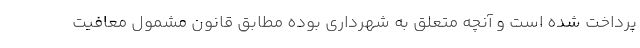
پرداخت شده است و آنچه متعلق به شهرداري بوده مطابق قانون مشمول معافيت